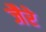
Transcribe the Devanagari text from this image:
जैरे